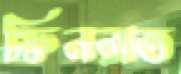
ফিনরাত